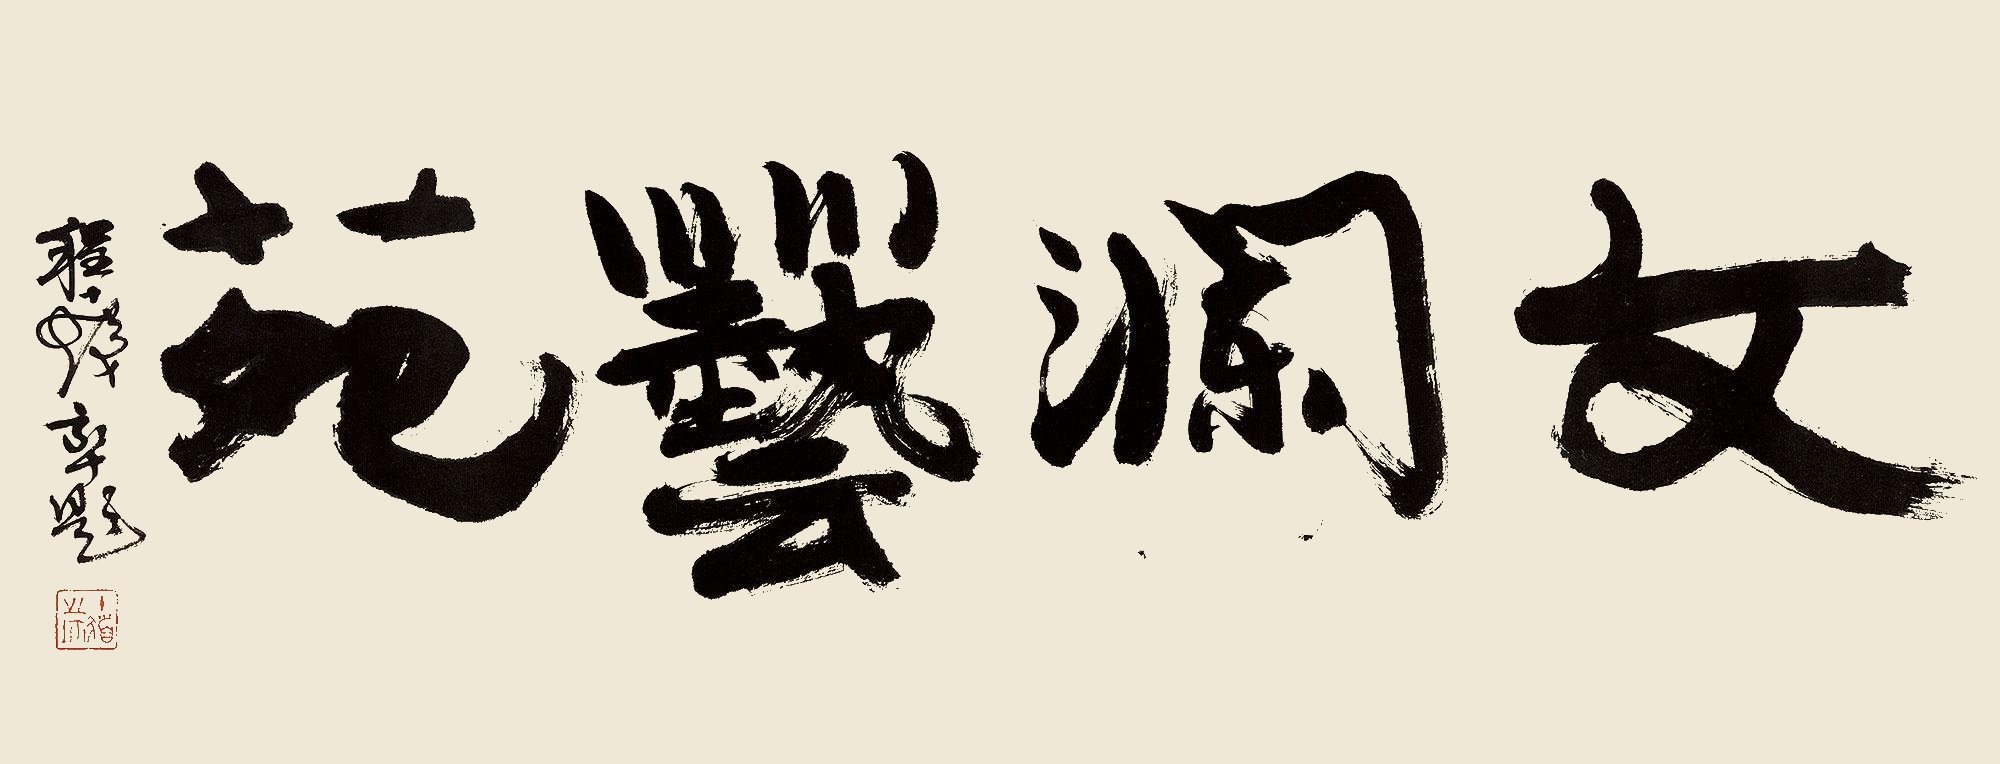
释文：文澜艺苑程十发率题。